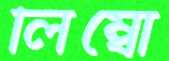
লিম্বো